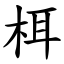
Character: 栮